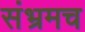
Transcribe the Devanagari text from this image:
संभ्रमच